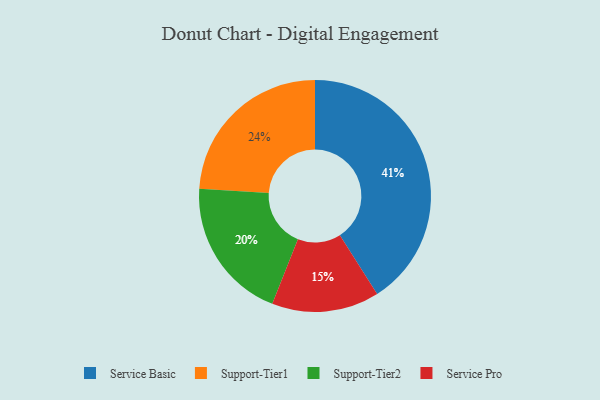
{"axis": {"x": "Category", "y": "Percentage"}, "legend": ["Service Basic", "Service Pro", "Support-Tier1", "Support-Tier2"], "data": [{"x": "Service Basic", "y": 41, "type": "Service Basic"}, {"x": "Support-Tier1", "y": 24, "type": "Support-Tier1"}, {"x": "Service Pro", "y": 15, "type": "Service Pro"}, {"x": "Support-Tier2", "y": 20, "type": "Support-Tier2"}]}